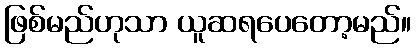
ဖြစ်မည်ဟုသာ ယူဆရပေတော့မည်။